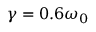
\gamma = 0 . 6 \omega _ { 0 }